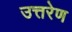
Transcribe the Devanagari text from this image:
उत्तरेण